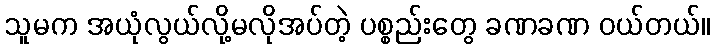
သူမက အယုံလွယ်လို့မလိုအပ်တဲ့ ပစ္စည်းတွေ ခဏခဏ ဝယ်တယ်။